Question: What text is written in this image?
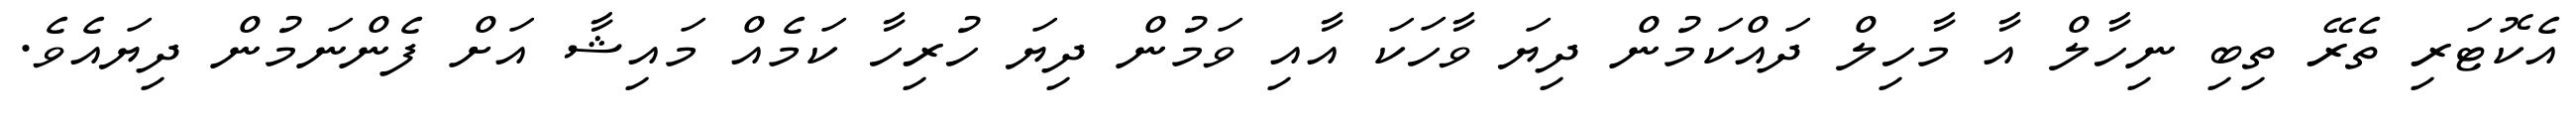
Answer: އެކޮޓަރި ތެރޭ ތިބި ނިހާލް އާ މާހިލް ދައްކަމުން ދިޔަ ވާހަކަ އާއި ވަމުން ދިޔަ ހުރިހާ ކަމެއް މައިޝާ އަށް ފެންނަމުން ދިޔައެވެ.